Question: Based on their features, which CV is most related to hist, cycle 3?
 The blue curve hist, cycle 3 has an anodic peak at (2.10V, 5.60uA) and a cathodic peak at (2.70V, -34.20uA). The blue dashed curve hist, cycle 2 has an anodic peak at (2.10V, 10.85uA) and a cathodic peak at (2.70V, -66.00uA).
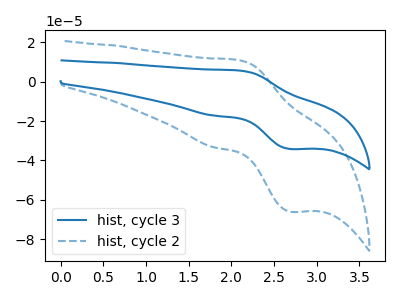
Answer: <think>All the peaks in "hist, cycle 3" have a peak in "hist, cycle 2" at the same potential. Every peak in "hist, cycle 3" is lower than every peak in "hist, cycle 2".
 </think>
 <answer>The CV with the most similar shape to "hist, cycle 2" is "hist, cycle 3".</answer>
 <eval>"hist, cycle 3"</eval>